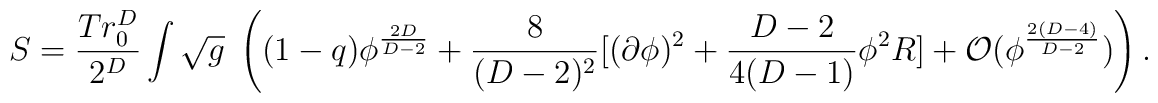
S =  {Tr^D_0 \over 2^D} \int \sqrt{g}\; \left( (1-q)\phi^{{2D\over D-2}}+{8 \over (D-2)^2}[(\partial\phi)^2 + {D-2\over 4(D-1)}\phi^2R] + {\cal O}(\phi^{{2(D-4)\over D-2}})\right).